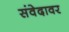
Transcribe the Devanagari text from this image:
संवेदावर